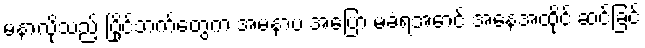
မနာလိုသည့် ပြိုင်ဘက်တွေက အမနာပ အပြော မခံရအောင် အနေအထိုင် ဆင်ခြင်